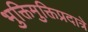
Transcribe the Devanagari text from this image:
भुक्तिमुक्तिप्रदात्रे